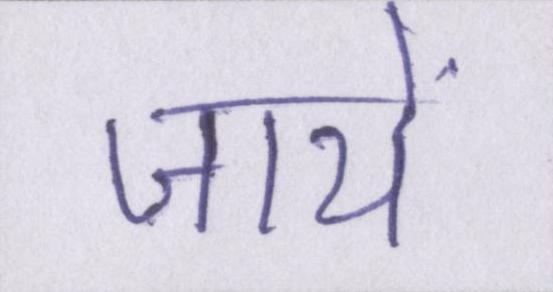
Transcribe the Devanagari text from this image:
जायें